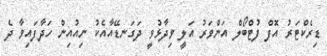
ޑިރެކްޓަރު އޮފް ފުޓްބޯލް އަންވަރު އަލީ ވިދާޅުވީ ދަގަނޑޭއާއެކު ނިއުއިން ހަދާފައިވާ ދެ